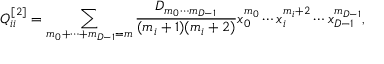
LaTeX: Q _ { i i } ^ { [ 2 ] } = \sum _ { m _ { 0 } + \cdots + m _ { { D - 1 } } = m } { \frac { D _ { m _ { 0 } \cdots m _ { { D - 1 } } } } { ( m _ { i } + 1 ) ( m _ { i } + 2 ) } } x _ { 0 } ^ { m _ { 0 } } \cdots x _ { i } ^ { m _ { i } + 2 } \cdots x _ { { D - 1 } } ^ { m _ { { D - 1 } } } ,